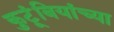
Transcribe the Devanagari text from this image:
कुटूंबियांच्या